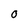
Character: O